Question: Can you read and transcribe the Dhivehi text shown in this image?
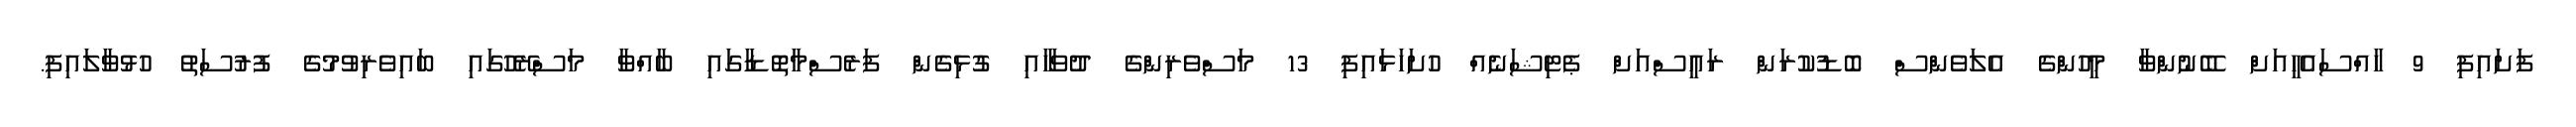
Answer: ފަށައިފި 9 ހާއްސައެހީއަށް ބޭނުންވާ މީހުންގެ އެލަވެންސް ބޮޑުކުރަން ރައީސްއަށް ޕެޓިޝަނެއް ހުށަހަޅައިފި 13 މަސްވެރިންގެ ދުވަހާއި ގުޅިގެން ފަރެސްމާތޮޑާގައި ބާއްވާ މަސްރޭހުގައި ބައިވެރިވުމުގެ ފުރުސަތު ހުޅުވާލައިފި.